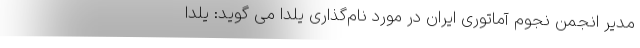
مدیر انجمن نجوم آماتوری ایران در مورد نام‌گذاری یلدا می گوید: یلدا